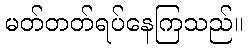
မတ်တတ်ရပ်နေကြသည်။